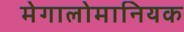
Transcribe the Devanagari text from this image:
मेगालोमानियक